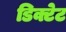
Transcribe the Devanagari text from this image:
डिक्टेट